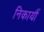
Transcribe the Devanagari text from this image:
निकायौं